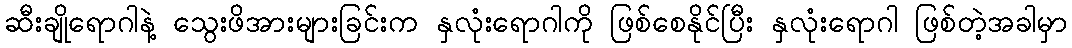
ဆီးချိုရောဂါနဲ့ သွေးဖိအားများခြင်းက နှလုံးရောဂါကို ဖြစ်စေနိုင်ပြီး နှလုံးရောဂါ ဖြစ်တဲ့အခါမှာ